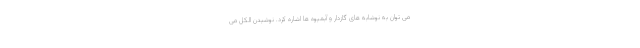
می توان به نوشابه های گازدار و آبمیوه ها اشاره کرد. نوشیدن الکل می